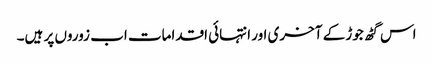
اس گٹھ جوڑ کے آخری اور انتہائی اقدامات اب زوروں پر ہیں۔